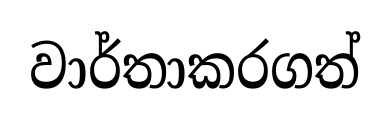
වාර්තාකරගත්